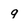
Character: 9